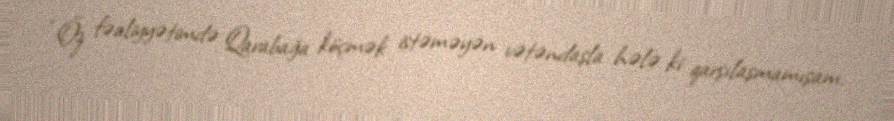
“Öz fəaliyyətimdə Qarabağa köçmək istəməyən vətəndaşla hələ ki qarşılaşmamışam.